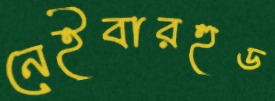
নেইবারহুড